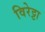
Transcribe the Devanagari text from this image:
विरेट्टा